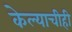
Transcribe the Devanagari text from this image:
केल्याचीही